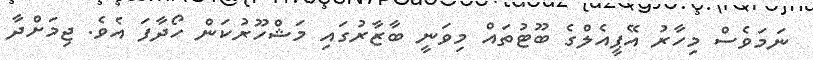
ނަމަވެސް މިހާރު އޭޕީއެލްގެ ބޫޓުތައް މިވަނީ ބާޒާރުގައި މަޝްހޫރުކަން ހޯދާފަ އެވެ. ޖިމަށްދާ